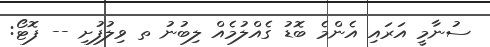
ސުނާމީ އަރައި އެންމެ ބޮޑު ގެއްލުމެއް ލިބުނު ތ ވިލުފުށި -- ފޮޓޯ: